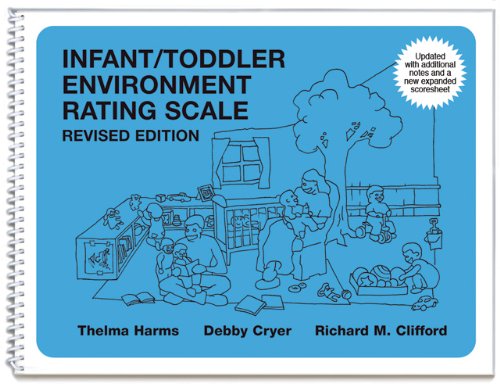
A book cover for Infant/Toddler Environment Rating Scale; Thelma Harms; Education & Teaching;